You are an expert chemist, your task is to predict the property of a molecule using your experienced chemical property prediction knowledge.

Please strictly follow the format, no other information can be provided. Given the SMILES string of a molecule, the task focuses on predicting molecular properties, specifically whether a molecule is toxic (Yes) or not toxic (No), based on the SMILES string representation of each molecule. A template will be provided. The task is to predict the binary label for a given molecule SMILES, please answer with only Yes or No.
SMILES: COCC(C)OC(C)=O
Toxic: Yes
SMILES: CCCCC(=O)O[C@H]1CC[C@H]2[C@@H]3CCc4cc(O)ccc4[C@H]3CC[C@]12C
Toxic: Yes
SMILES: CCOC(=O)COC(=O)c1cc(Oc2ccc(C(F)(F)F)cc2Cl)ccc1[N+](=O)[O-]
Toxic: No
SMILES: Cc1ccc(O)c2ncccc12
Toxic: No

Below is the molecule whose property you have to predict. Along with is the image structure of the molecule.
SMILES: COc1cc(Cl)c(OC)cc1N
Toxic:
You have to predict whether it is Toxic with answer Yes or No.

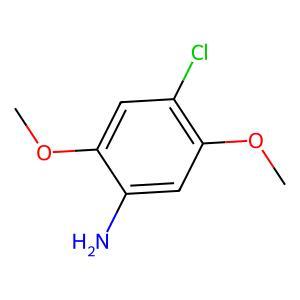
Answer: No